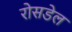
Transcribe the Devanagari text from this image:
रोसडेल